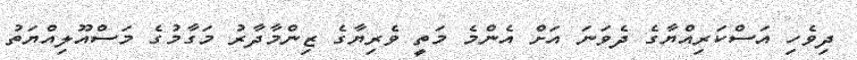
ދިވެހި އަސްކަރިއްޔާގެ ދެވަނަ އަށް އެންމެ މަތީ ވެރިޔާގެ ޒިންމާދާރު މަގާމުގެ މަސްއޫލިއްޔަތު